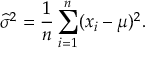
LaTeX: { \widehat { \sigma } } ^ { 2 } = { \frac { 1 } { n } } \sum _ { i = 1 } ^ { n } ( x _ { i } - \mu ) ^ { 2 } .